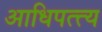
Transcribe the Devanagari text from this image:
आधिपत्त्य